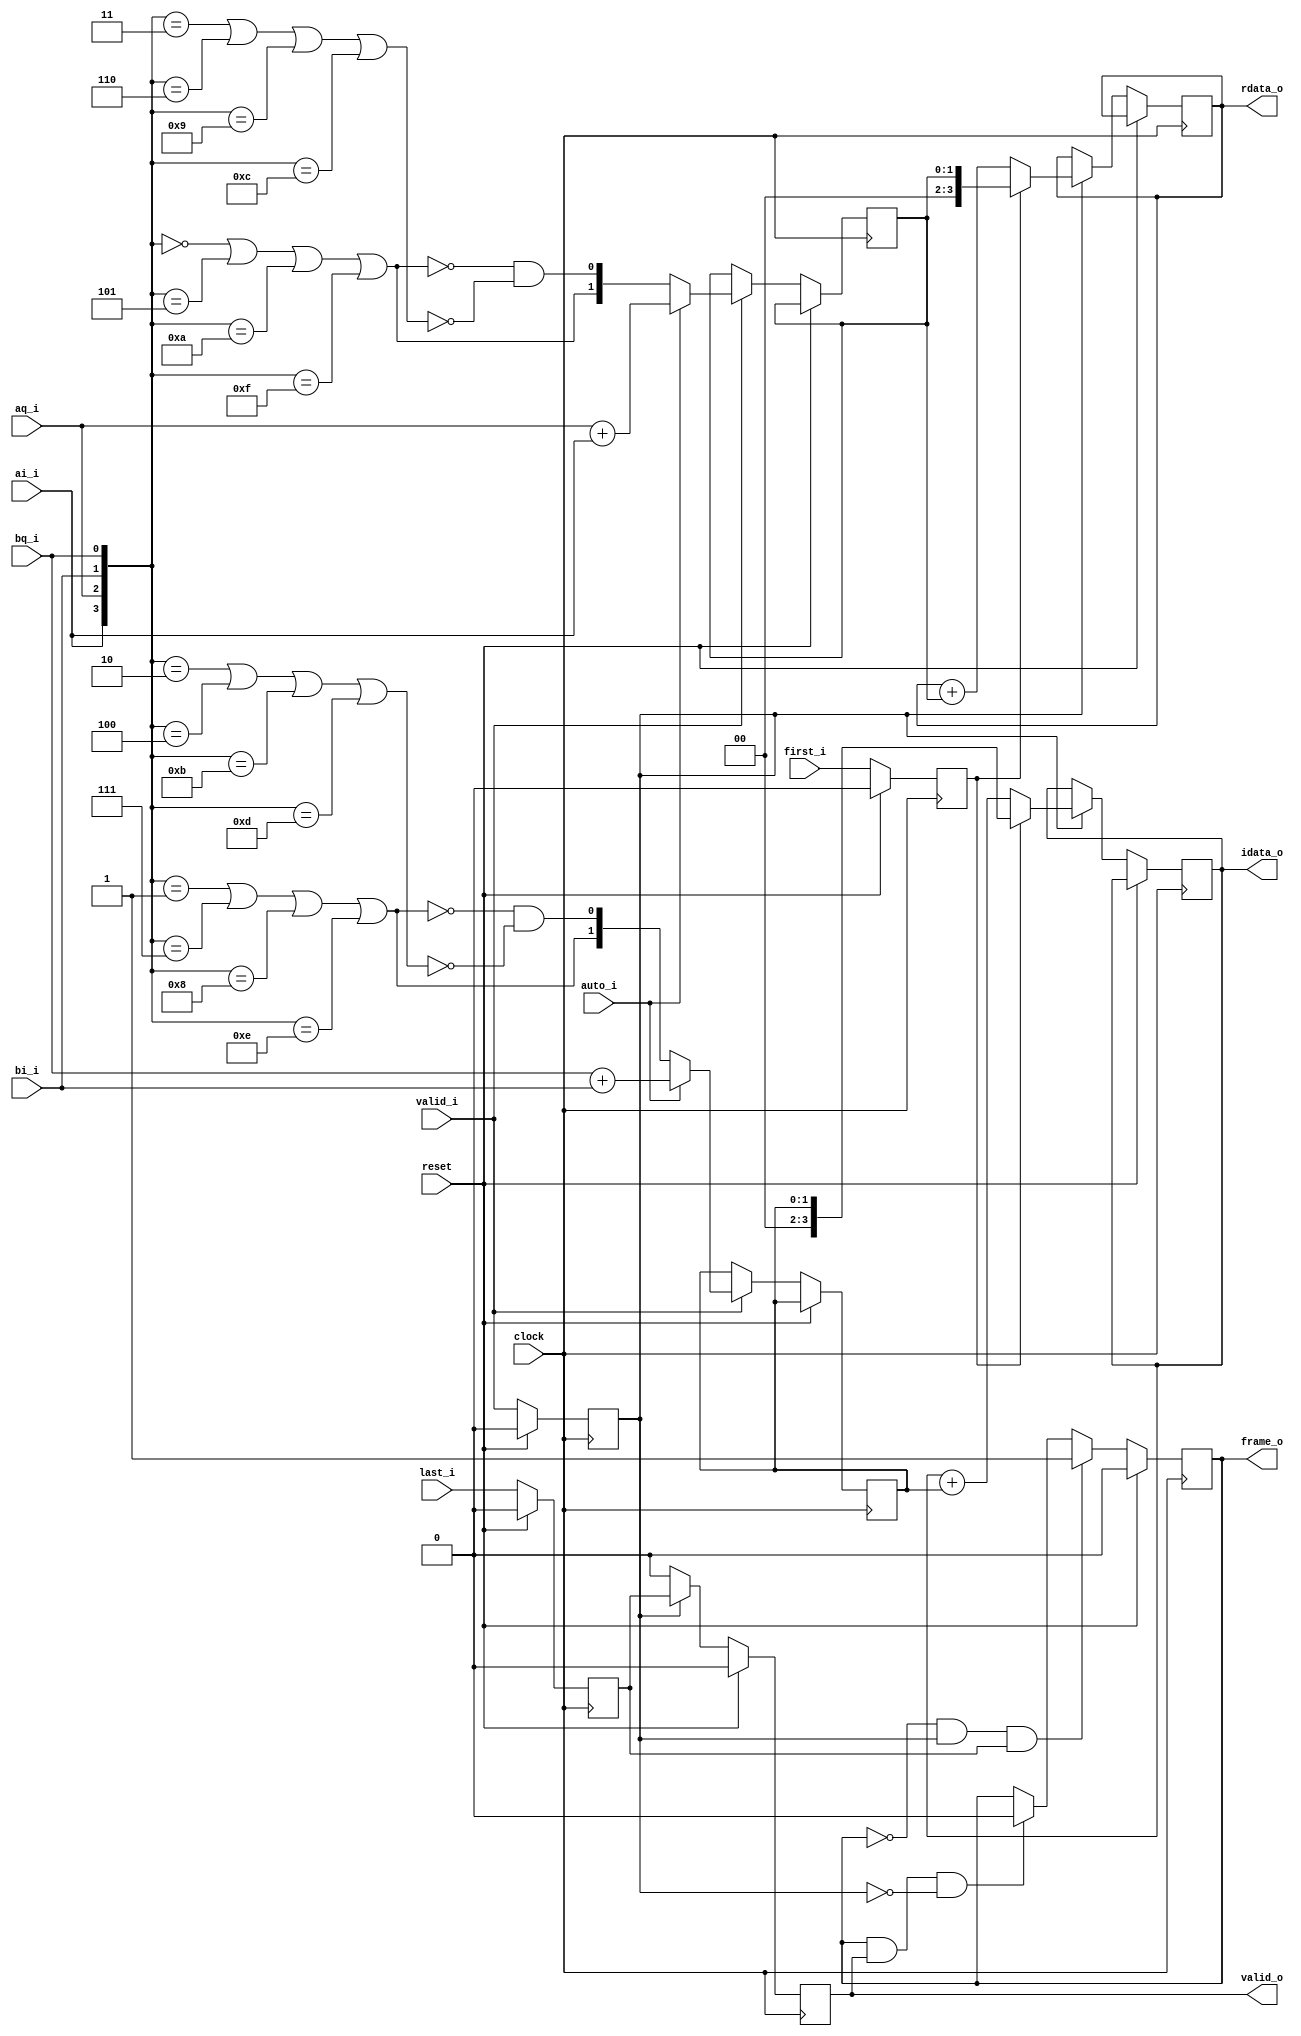
module correlate #(
    // Bit-width of local adders
    parameter  integer WIDTH = 4,
    localparam integer MSB   = WIDTH - 1
) (
    input clock,
    input reset,

    // AX4-Stream like interface, with no backpressure
    input valid_i,
    input first_i,
    input last_i,
    input auto_i,  // todo: compute auto-correlations
    input ai_i,  // 4x data bits
    input aq_i,
    input bi_i,
    input bq_i,

    // AX4-Stream like interface, with no backpressure
    output frame_o,
    output valid_o,
    output [MSB:0] rdata_o,
    output [MSB:0] idata_o
);

  // -- State & Signals -- //

  reg valid, frame;
  reg [MSB:0] rdata, idata;


  // -- I/O Assignments -- //

  assign frame_o = frame;
  assign valid_o = valid;
  assign rdata_o = rdata;
  assign idata_o = idata;


  // -- Perform 1-bit correlation -- //

  wire [3:0] bits = {ai_i, aq_i, bi_i, bq_i};
  wire [1:0] re_w, im_w;

  // todo: auto-correlations
  wire re_inc = bits == 4'h0 || bits == 4'h5 || bits == 4'ha || bits == 4'hf;
  wire re_dec = bits == 4'h3 || bits == 4'h6 || bits == 4'h9 || bits == 4'hc;
  wire im_inc = bits == 4'h1 || bits == 4'h7 || bits == 4'h8 || bits == 4'he;
  wire im_dec = bits == 4'h2 || bits == 4'h4 || bits == 4'hb || bits == 4'hd;

  wire [1:0] xr_w = {re_inc, ~re_inc & ~re_dec};  // values in {0, 1, 2}
  wire [1:0] xi_w = {im_inc, ~im_inc & ~im_dec};

  // Signal means
  wire [1:0] aa_w = aq_i + ai_i;
  wire [1:0] ba_w = bq_i + bi_i;

  // 2-stage cross-correlation then accumulate.
  reg [1:0] xr_r, xi_r;
  reg vld_r, fst_r, lst_r;

  always @(posedge clock) begin
    if (reset) begin
      vld_r <= 1'b0;
      fst_r <= 1'b0;
      lst_r <= 1'b0;

      frame <= 1'b0;
      valid <= 1'b0;
    end else begin
      // Pipeline registers
      vld_r <= valid_i;
      fst_r <= first_i;
      lst_r <= last_i;

      if (valid_i) begin
        xr_r <= auto_i ? aa_w : xr_w;
        xi_r <= auto_i ? ba_w : xi_w;
      end

      if (vld_r) begin
        if (fst_r) begin
          rdata <= xr_r;
          idata <= xi_r;
        end else begin
          rdata <= rdata + xr_r;
          idata <= idata + xi_r;
        end

        valid <= lst_r;
      end else begin
        valid <= 1'b0;
      end

      if (!frame && vld_r && lst_r) begin
        frame <= 1'b1;
      end else if (frame && valid && !vld_r) begin
        frame <= 1'b0;
      end
    end
  end

endmodule